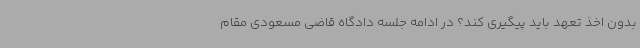
بدون اخذ تعهد باید پیگیری کند؟ در ادامه جلسه دادگاه قاضی مسعودی مقام